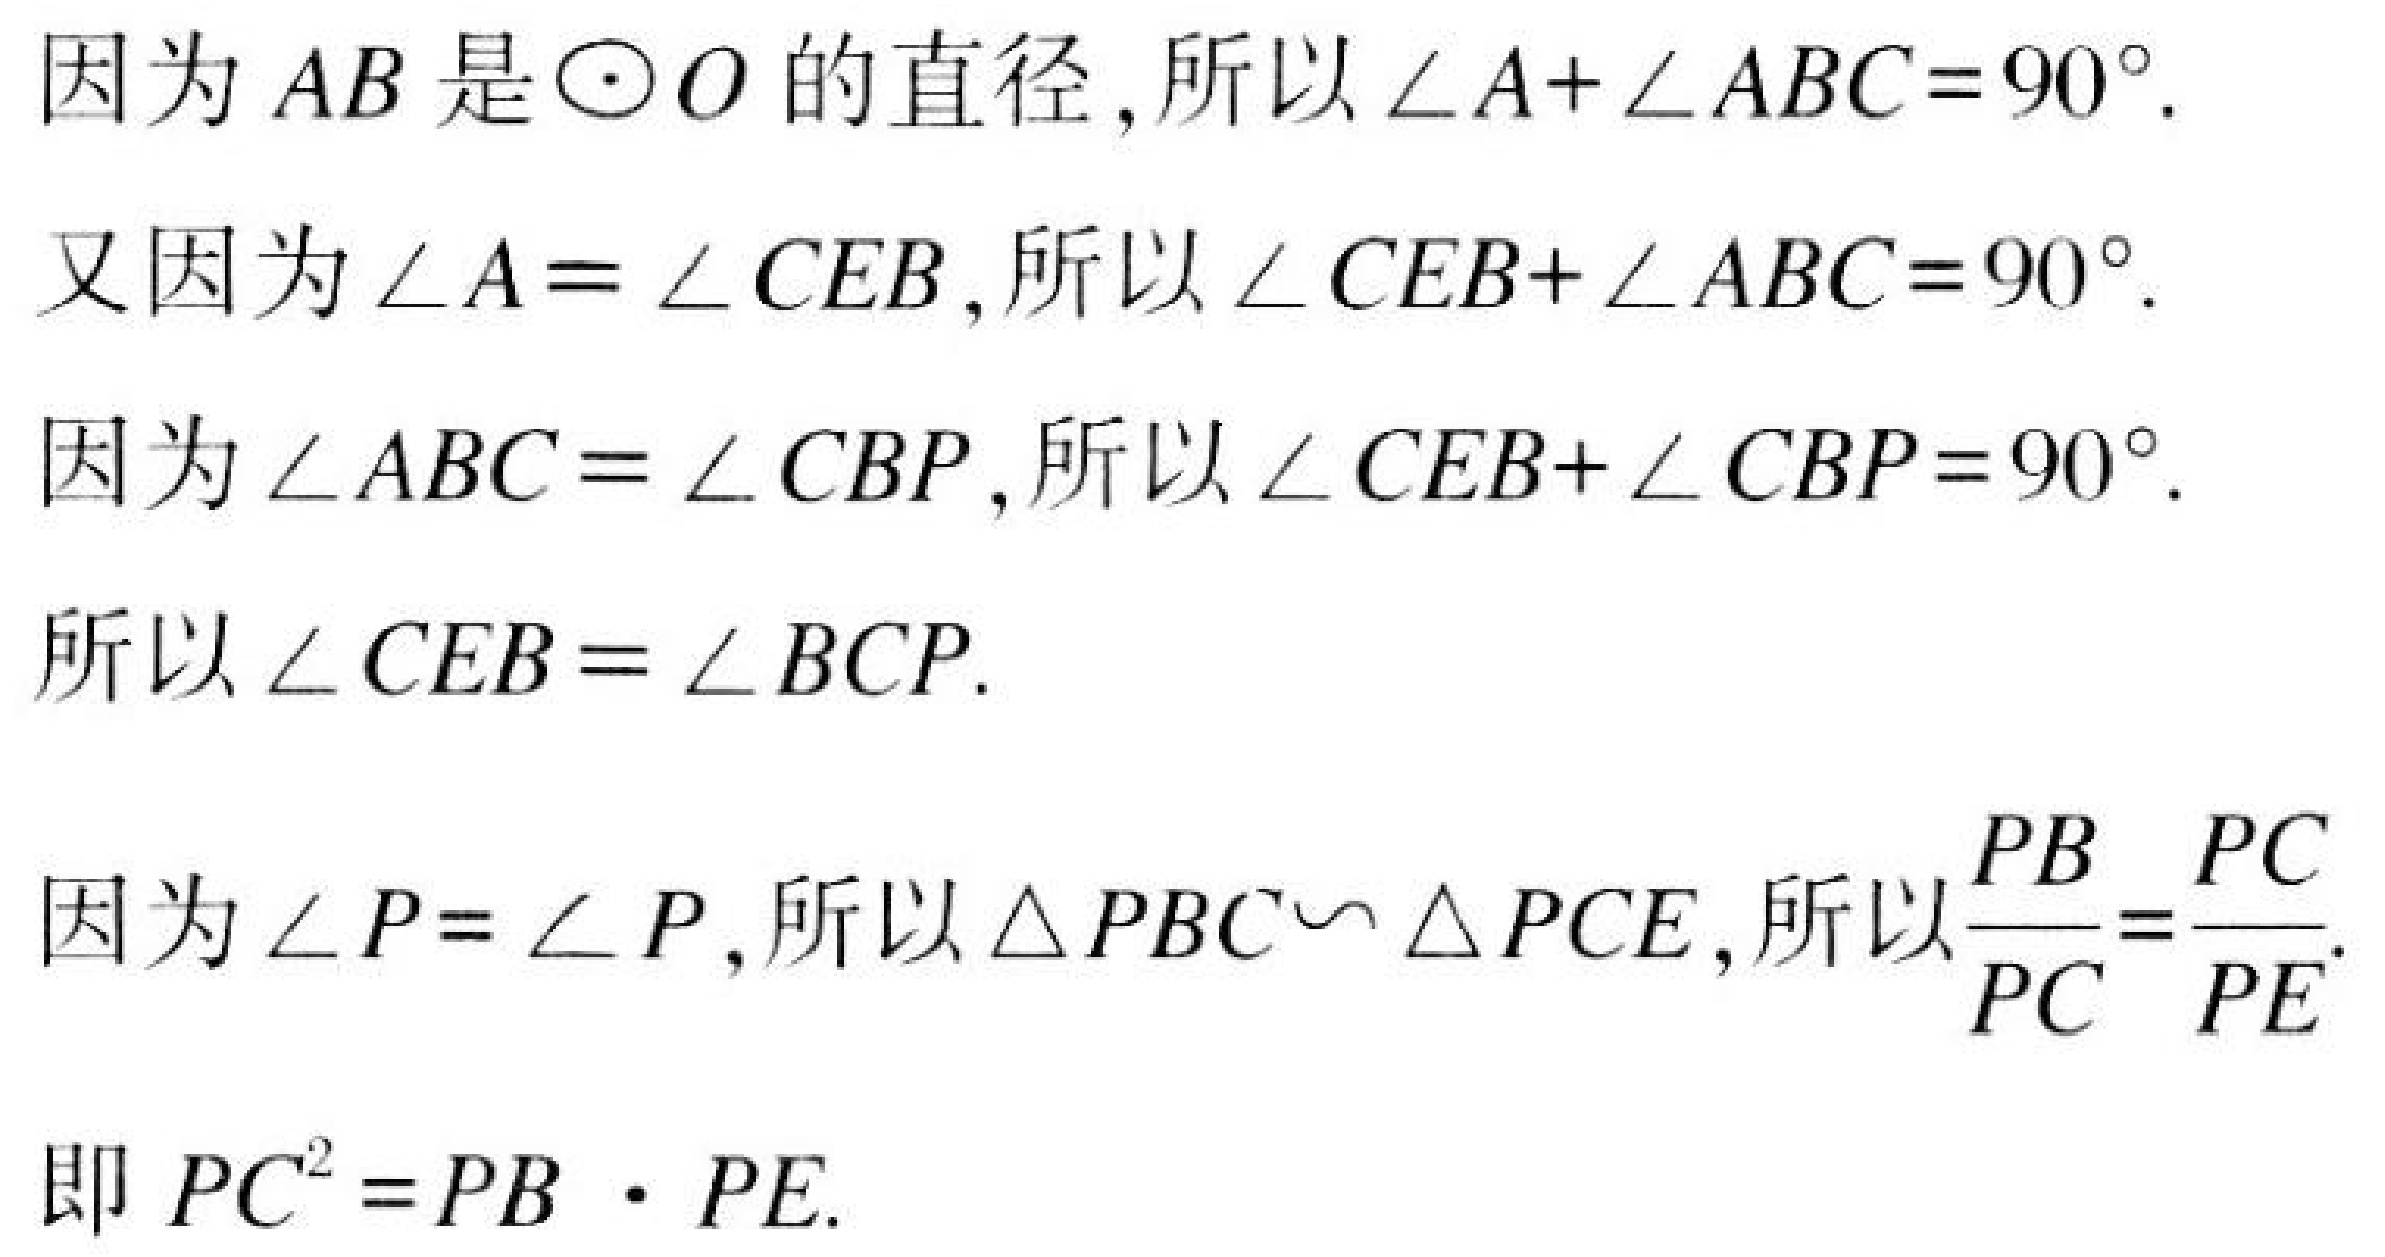
因为 \(AB\) 是\(\odot O\)的直径，所以\(\angle A+\angle ABC = 90^{\circ}\).
又因为\(\angle A=\angle CEB\)，所以\(\angle CEB+\angle ABC = 90^{\circ}\).
因为\(\angle ABC=\angle CBP\)，所以\(\angle CEB+\angle CBP = 90^{\circ}\).
所以\(\angle CEB=\angle BCP\).
因为\(\angle P = \angle P\)，所以\(\triangle PBC\backsim\triangle PCE\)，所以\(\dfrac{PB}{PC}=\dfrac{PC}{PE}\).
即 \(PC^{2}=PB\cdot PE\).